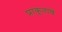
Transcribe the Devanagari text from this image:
प्राकृताचे